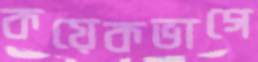
কয়েকভাগে